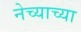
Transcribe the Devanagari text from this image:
नेच्याच्या